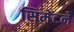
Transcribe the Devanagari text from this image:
सिमेंटने